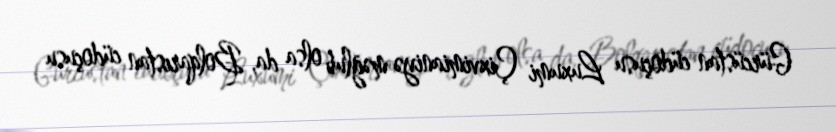
Gürcüstan cüdoçusu Luxumi Çixvimianiyə məğlub olsa da, Bolqarıstan cüdoçusu